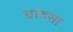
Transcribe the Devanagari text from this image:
चांदसा